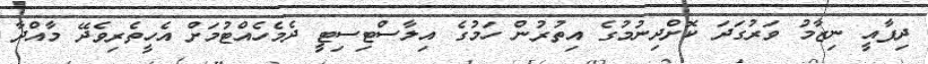
ދިފާއީ ނިޒާމު ވަރުގަދަ ކޮށްދިނުމުގެ އިތުރުން ހަމުގެ އިލާސްޓިސިޓީ ދެމެހެއްޓުމަށް އެހީތެރިވެދޭ މާއްދާ